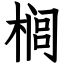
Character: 榈